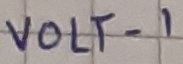
Text: VOLT-1